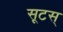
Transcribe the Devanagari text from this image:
सूटस्